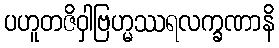
ပဟူတဇိဝှါဗြဟ္မဿရလက္ခဏာနိ